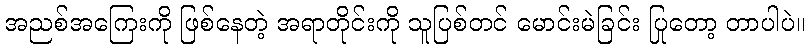
အညစ်အကြေးကို ဖြစ်နေတဲ့ အရာတိုင်းကို သူပြစ်တင် မောင်းမဲခြင်း ပြုတော့ တာပါပဲ။